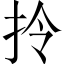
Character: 拎